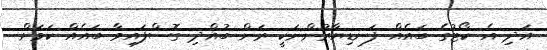
އަދި އެ ކޯޓުގެ ބައެއް ފަނޑިޔާރުންނަކީ ރަން ބުއްދި ގޮސްފައިވާ ބައެއް ކަމަށް